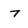
Character: 7